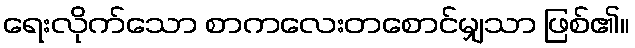
ရေးလိုက်သော စာကလေးတစောင်မျှသာ ဖြစ်၏။